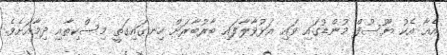
އެއާ އެކު ޔޫސުފް މުންޑުގައި ވައި އަޅުވާލާފައި ބާރުބާރަށް ހިނގައިގަތީ މިސްކިތާއި ދިމާއަށެވެ.